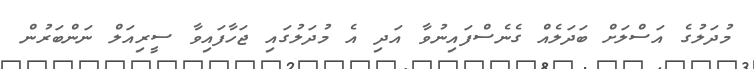
މުދަލުގެ އަސްލަށް ބަދަލެއް ގެނެސްފައިނުވާ އަދި އެ މުދަލުގައި ޖަހާފައިވާ ސީރިއަލް ނަންބަރުުން